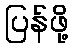
ပြန်ဖို့